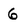
Character: 6